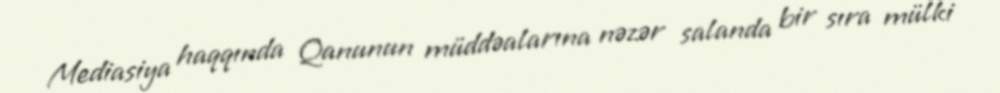
Mediasiya haqqında Qanunun müddəalarına nəzər salanda bir sıra mülki